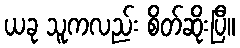
ယခု သူကလည်း စိတ်ဆိုးပြီ။